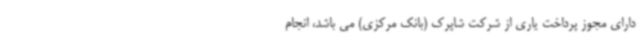
دارای مجوز پرداخت یاری از شرکت شاپرک (بانک مرکزی) می باشد، انجام